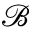
\mathcal { B }